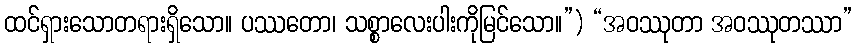
ထင်ရှားသောတရားရှိသော။ ပဿတော၊ သစ္စာလေးပါးကိုမြင်သော။”) “အဝဿုတာ အဝဿုတဿာ”